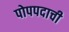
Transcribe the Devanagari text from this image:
पोपपदाची